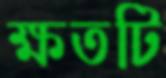
ক্ষতটি